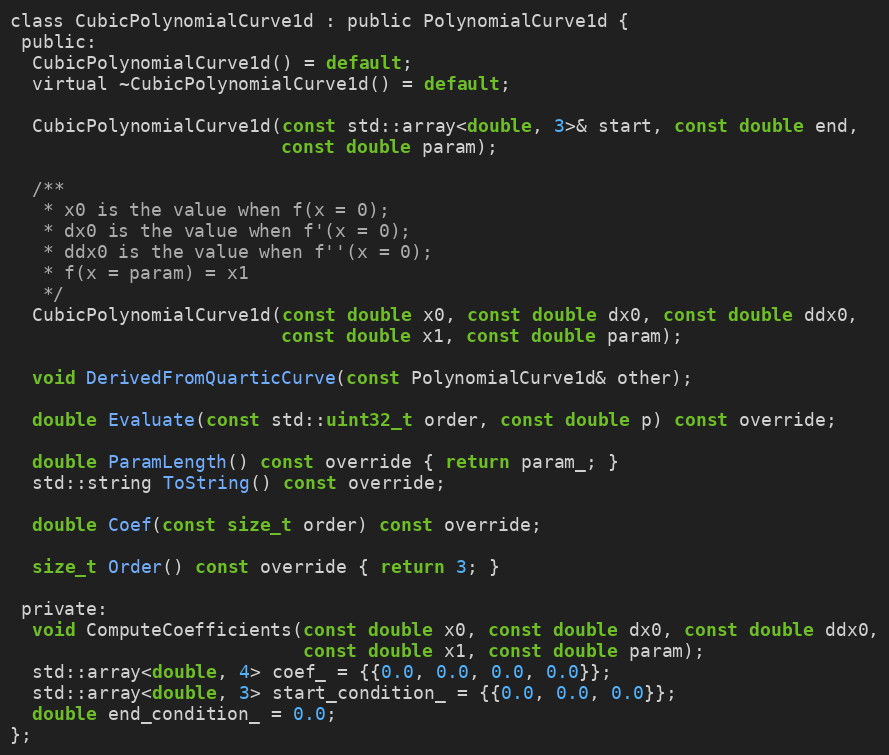
Language: C
class CubicPolynomialCurve1d : public PolynomialCurve1d {
 public:
  CubicPolynomialCurve1d() = default;
  virtual ~CubicPolynomialCurve1d() = default;

  CubicPolynomialCurve1d(const std::array<double, 3>& start, const double end,
                         const double param);

  /**
   * x0 is the value when f(x = 0);
   * dx0 is the value when f'(x = 0);
   * ddx0 is the value when f''(x = 0);
   * f(x = param) = x1
   */
  CubicPolynomialCurve1d(const double x0, const double dx0, const double ddx0,
                         const double x1, const double param);

  void DerivedFromQuarticCurve(const PolynomialCurve1d& other);

  double Evaluate(const std::uint32_t order, const double p) const override;

  double ParamLength() const override { return param_; }
  std::string ToString() const override;

  double Coef(const size_t order) const override;

  size_t Order() const override { return 3; }

 private:
  void ComputeCoefficients(const double x0, const double dx0, const double ddx0,
                           const double x1, const double param);
  std::array<double, 4> coef_ = {{0.0, 0.0, 0.0, 0.0}};
  std::array<double, 3> start_condition_ = {{0.0, 0.0, 0.0}};
  double end_condition_ = 0.0;
};